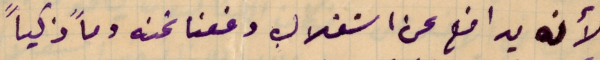
الأنه يدافع عن استقلال دفعنا ثمنه دماً ذكياً